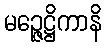
မဉ္ဇေဋ္ဌိကာနိ